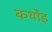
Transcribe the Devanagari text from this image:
कथोड़